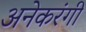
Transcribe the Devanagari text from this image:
अनेकरंगी